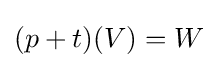
(p+t)(V)=W